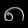
Digit: ၈